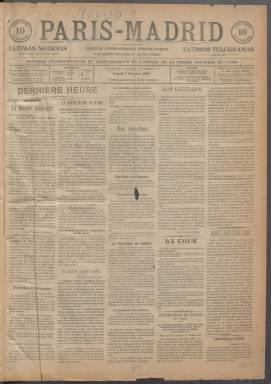
Título: Paris-Madrid (Madrid)
Otros títulos: Paris Madrid || París Madrid
Colección: Periódicos
Ámbito geográfico: Madrid
Lugar de publicación: Madrid
Fechas: 07/10/1907-31/01/1908